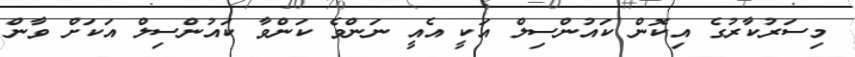
މިސަރުކާރުގެ އިކޮން ކައުންސިލް އަކީ އެއީ ނަންވެ ކަންވާ ކައުންސިލް އަކަށް ވާން